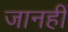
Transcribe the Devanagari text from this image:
जानहीं